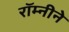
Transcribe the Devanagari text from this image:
रॉम्नीने